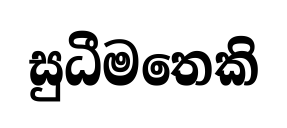
සුධීමතෙකි